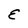
Character: E